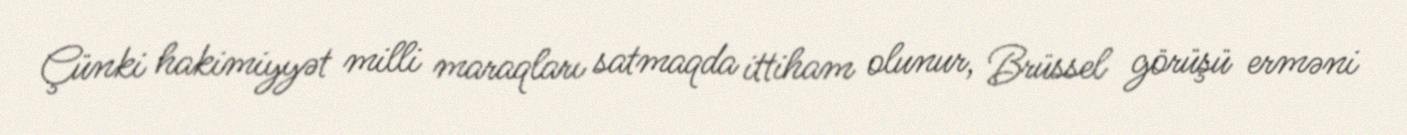
Çünki hakimiyyət milli maraqları satmaqda ittiham olunur, Brüssel görüşü erməni